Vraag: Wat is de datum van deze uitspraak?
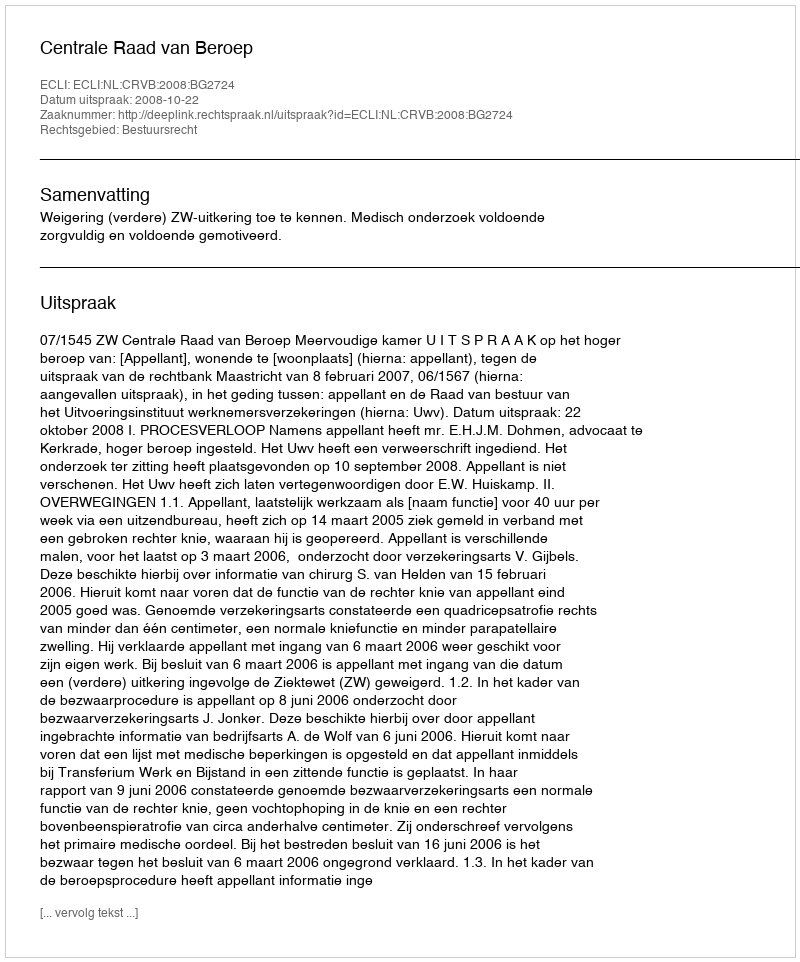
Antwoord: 2008-10-22